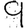
Digit: 9